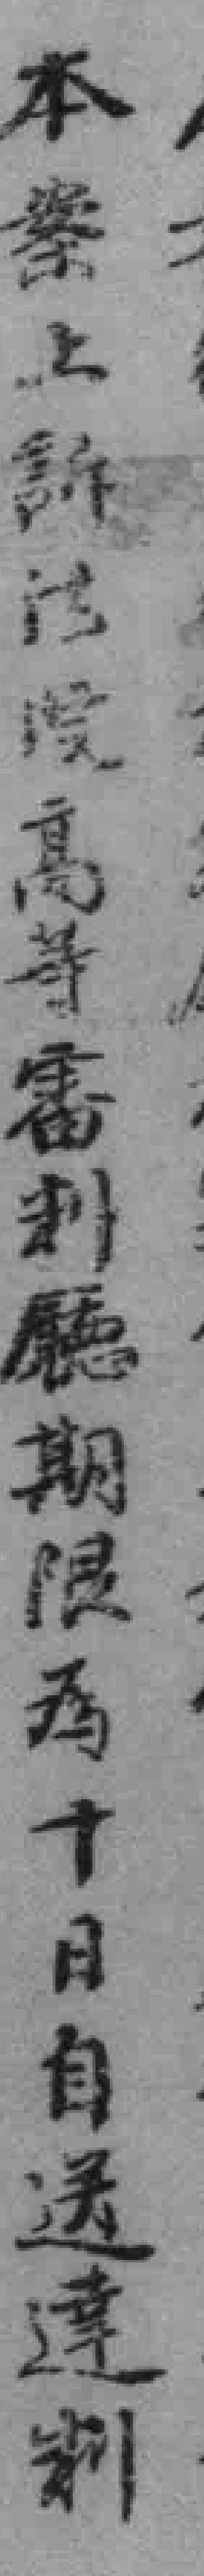
本案上訴法院高等審利廳期限為十日自送達制